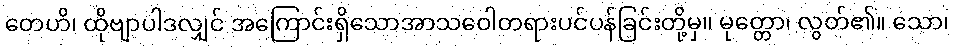
တေဟိ၊ ထိုဗျာပါဒလျှင် အကြောင်းရှိသောအာသဝေါတရားပင်ပန်ခြင်းတို့မှ။ မုတ္တော၊ လွတ်၏။ သော၊